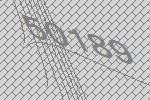
50189